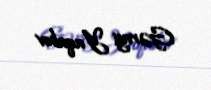
Gəray Yaqubov